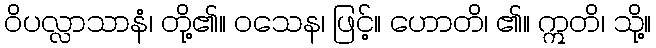
ဝိပလ္လာသာနံ၊ တို့၏။ ဝသေန၊ ဖြင့်။ ဟောတိ၊ ၏။ ဣတိ၊ သို့။